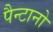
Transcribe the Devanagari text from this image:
पैन्टानो